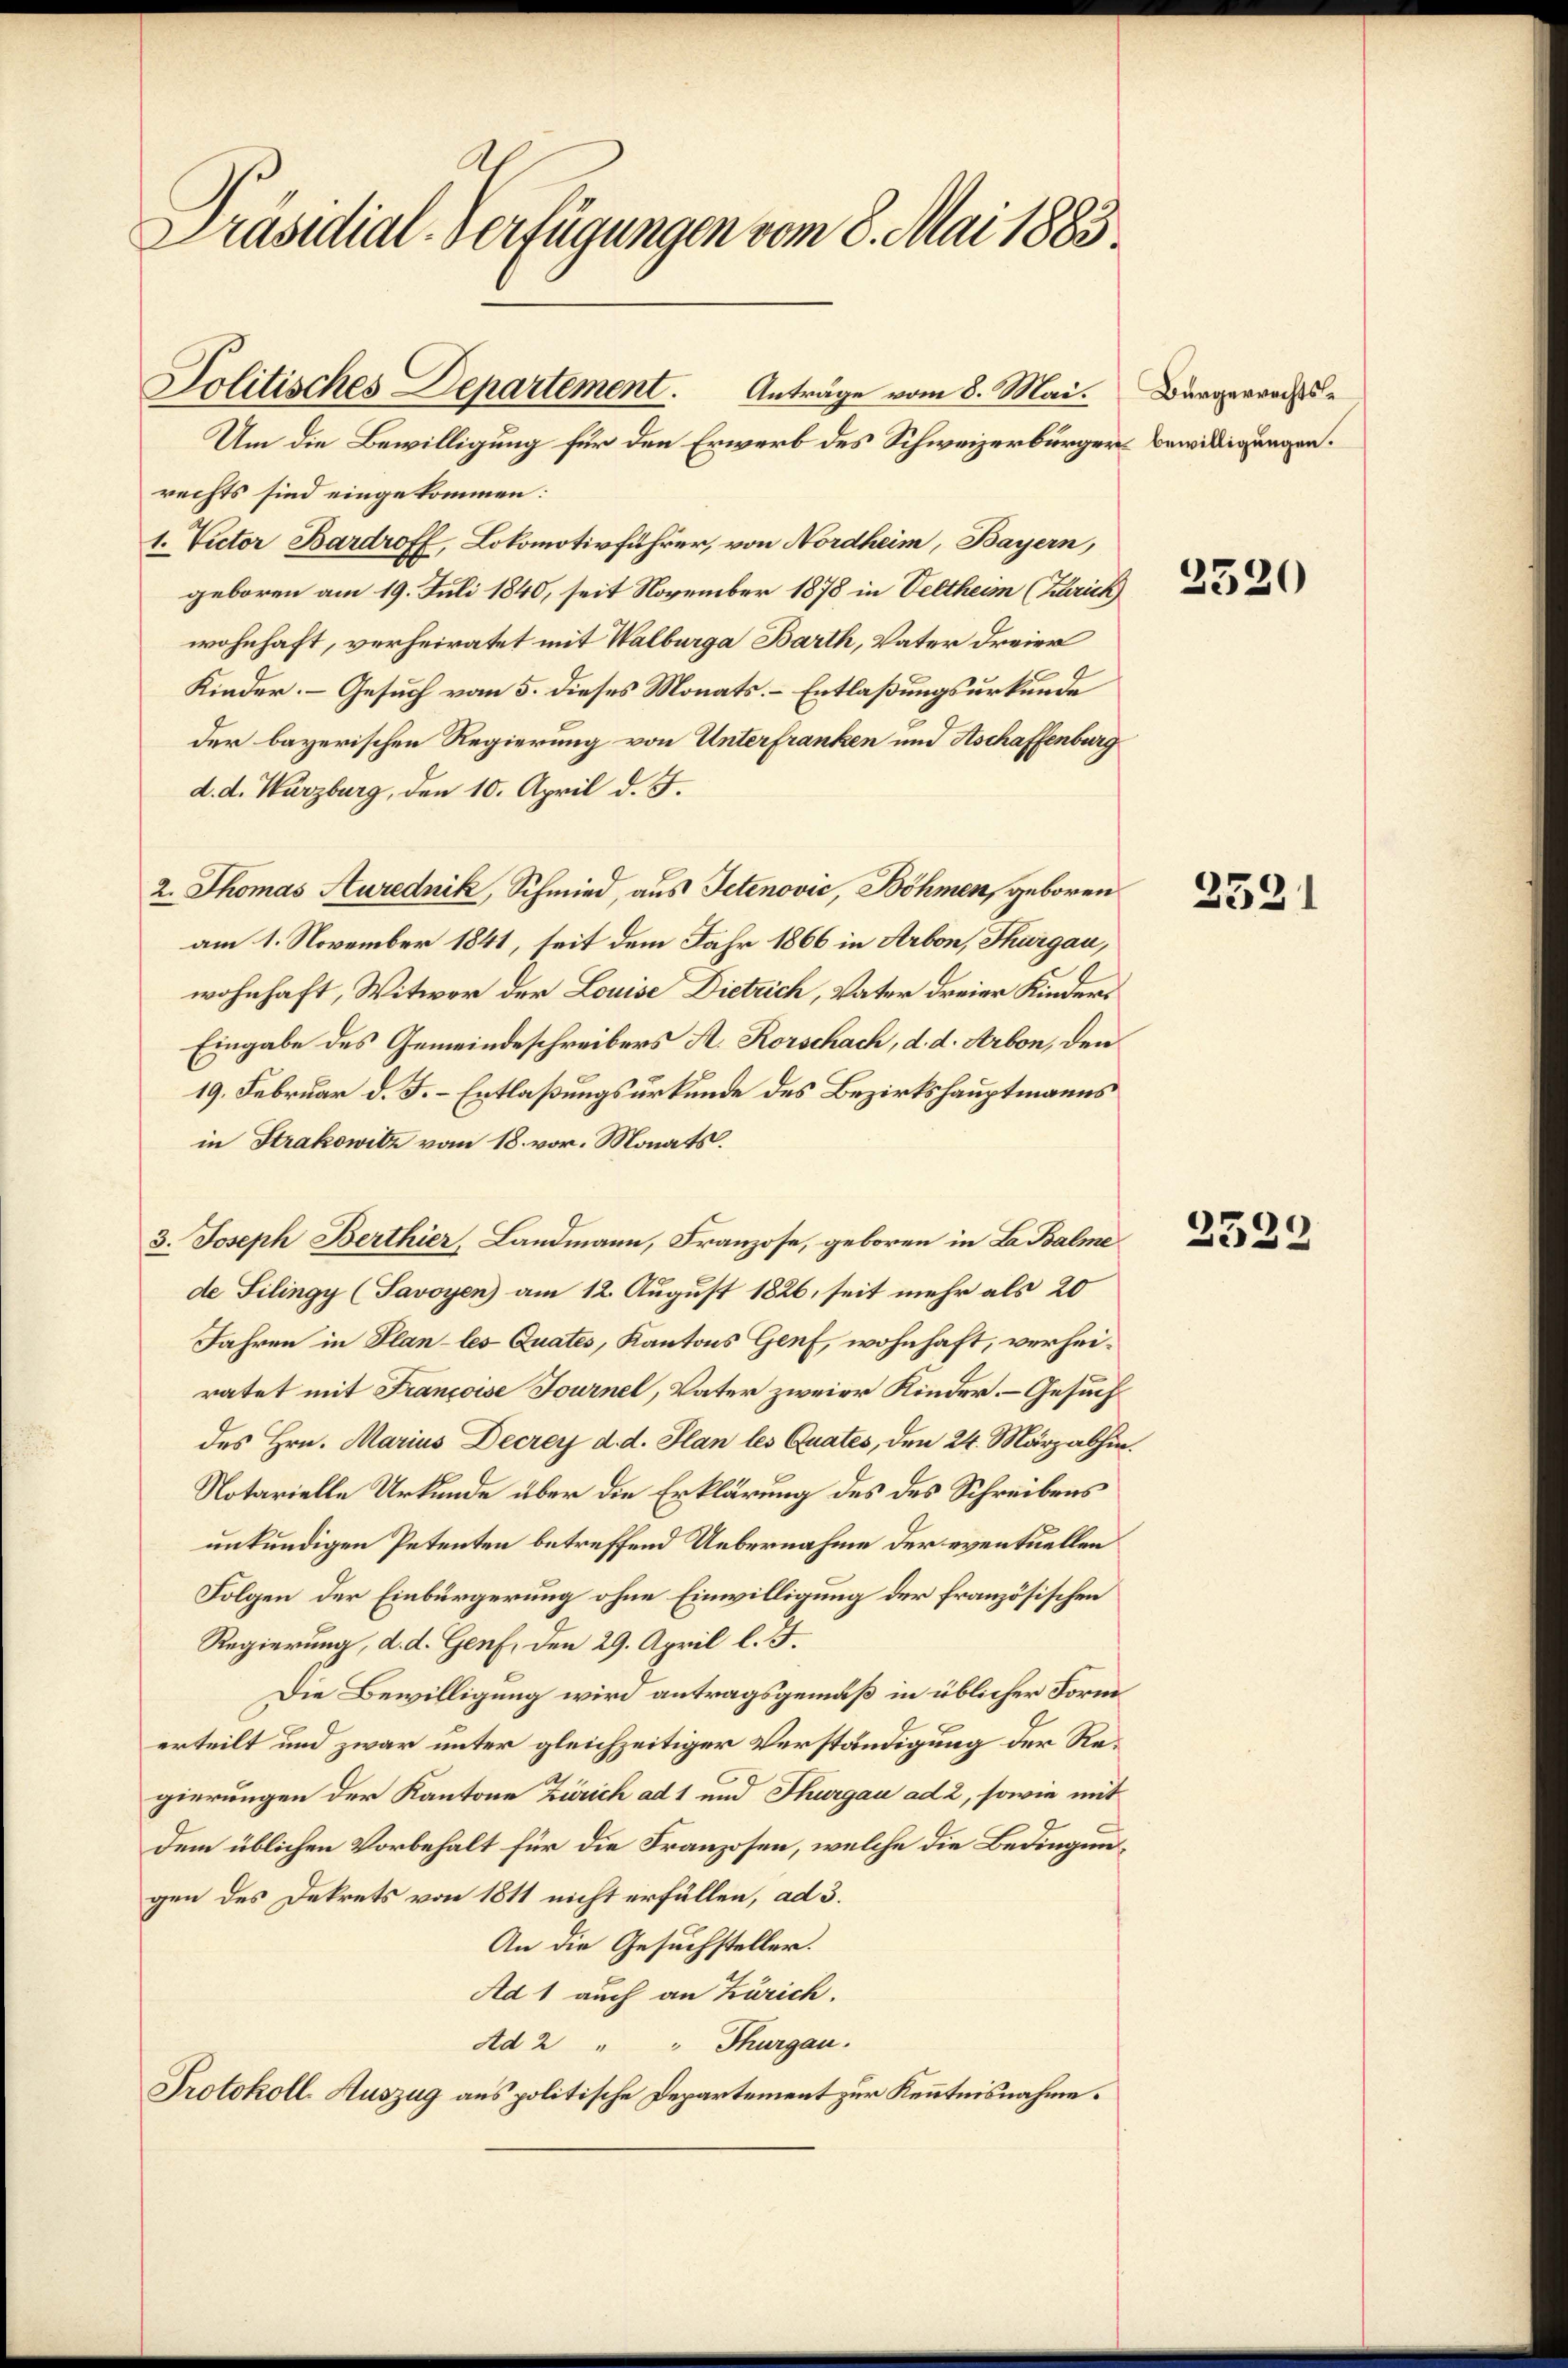
Präsidial-Verfügungen vom 8. Mai 1883.

rechts sind eingekommen:
1. Victor Bardroff, Lokomotivführer, von Nordheim, Bayern,
geboren am 19. Juli 1840, seit November 1878 in Veltheim (Zürich
wohnhaft, verheiratet mit Walburga Barth, Vater dreier
Kinder. Gesuch vom 5. dieses Monats. – Entlaßungsurkunde
der bayerischen Regierung von Unterfranken und Aschaffenburg
d. d. Würzburg, den 10. April d. J.
2. Thomas Aurednik, Schmied, aus Petenović, Böhmen, geboren
am 1. November 1841, seit dem Jahr 1866 in Arbon, Thurgau,
wohnhaft, Witwer der Louise Dietrich, Vater dreier Kinders
Eingabe des Gemeindeschreibers A. Rorschach, d. d. Arbon, den
19. Februar d. J. – Entlaßungsurkunde des Bezirkshauptmanns
in Strakowitz vom 18. vor. Monats.
3. Joseph Berthier, Landmann, Franzose, geboren in La Balme
de Silingy (Savoyen am 12. August 1826, seit mehr als 20
Jahren in Plan-les-Quates, Kantons Genf, wohnhaft, verheiratet mit Francoise Fournel, Vater zweier Kinder. – Gesuch
des Hrn. Marius Decrey d. d. Plan les Quates, den 24. März abhin
Notarielle Urkunde über die Erklärung des des Schreibens
unkundigen Petenten betreffend Uebernahme der eventuellen
Folgen der Einbürgerung ohne Einwilligung der französischen
Regierung, d. d. Genf, den 29. April l. J.
Die Bewilligung wird antragsgemäß in üblicher Form
erteilt und zwar unter gleichzeitiger Verständigung der Regierungen der Kantone Zürich ad 1 und Thurgau ad 2, sowie mit
dem üblichen Vorbehalt für die Franzosen, welche die Bedingungen des Dekrets von 1811 nicht erfüllen, ad 3.
An die Gesuchsteller.
Ad 1 auch an Zürich.
Ad 2 " " Thurgau.
Protokoll-Auszug aus politische Departement zur Kenntnisnahme.

Politisches Departement. Anträge vom 8. Mai.
Um die Bewilligung für den Erwerb des Schweizerbürger Bewilligungen.

Bürgerrechts-

2520

2521

2529